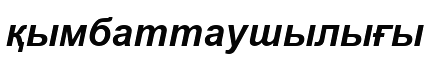
қымбаттаушылығы